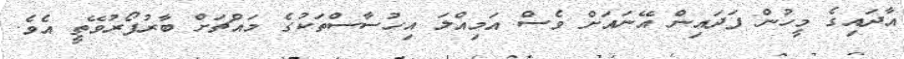
އާދައިގެ މީހުން ފަދައިން އޭނައަށް ވެސް އަމިއްލަ އިހުސާސްތަކުގެ މައްޗަށް ބާރުފޯރުވޭތީ އެވެ.